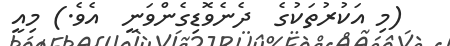
(މި އަކުރުތަކުގެ  ދެނެވޮޑިގެންވަނީ  އެވެ.) މިއީ